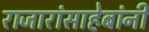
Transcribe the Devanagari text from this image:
राजारांसाहेबांनी